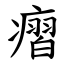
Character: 㿇